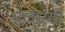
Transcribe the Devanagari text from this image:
पार्करची